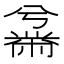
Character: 𫜜